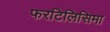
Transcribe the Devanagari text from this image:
फरटिलिसिमा